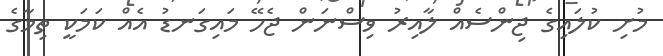
މުށި ކުލައިގެ ޖިންސެއް ލާއިރު ވިސްނަން ޖެހޭ މައިގަނޑު އެއް ކަމަކީ ތިމާގެ